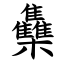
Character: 雧